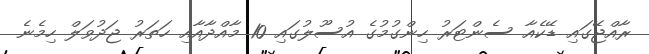
ރާއްޖޭގައި ޑޭކެއާ ސެންޓަރު ހިންގުމުގެ އުސޫލުގައި 10 މާއްދާއާއި ހަތަރު ޖަދުވަލް ހިމެނެ